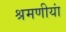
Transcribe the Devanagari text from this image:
श्रमणीयां